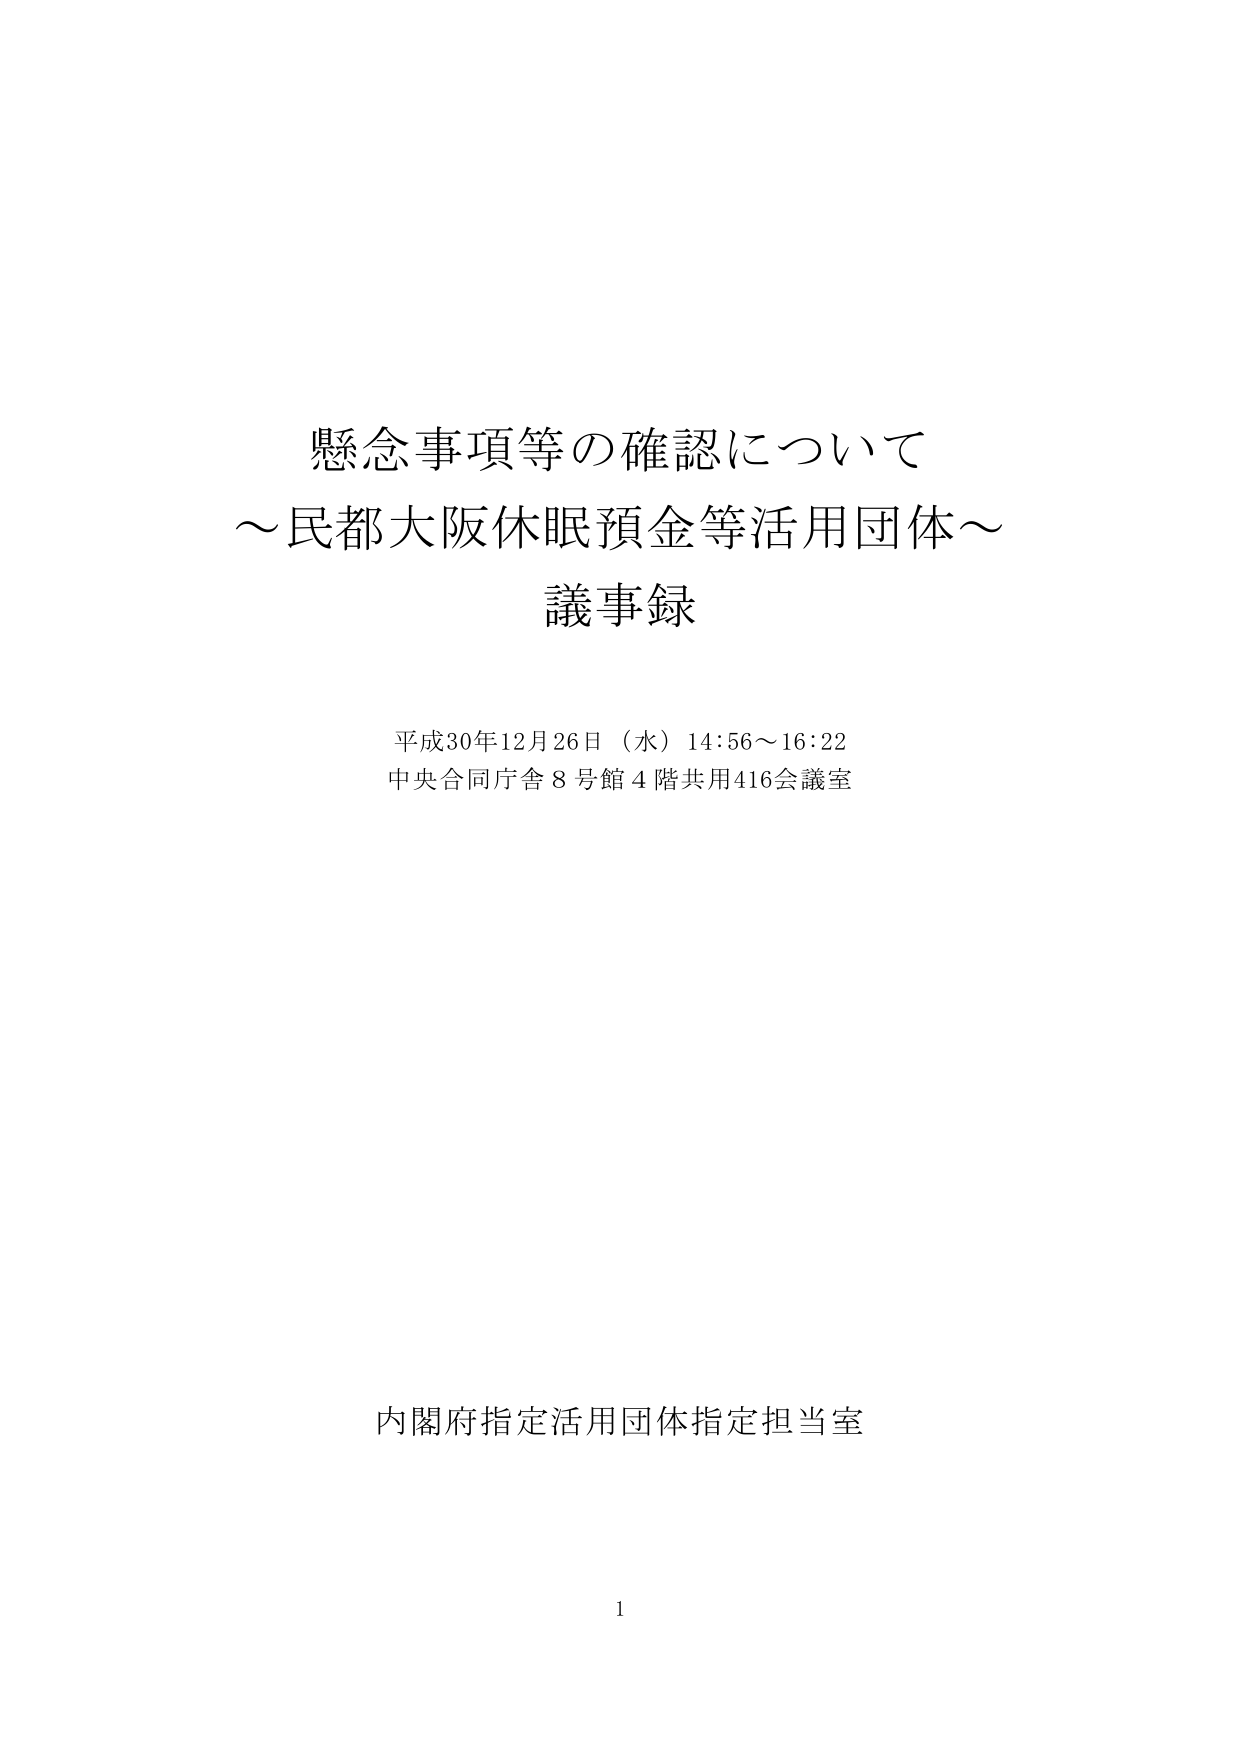
懸念事項等の確認について
～民都大阪休眠預金等活用団体～
議事録

平成30年12月26日（水）14:56～16:22
中央合同庁舎8号館4階共用416会議室

内閣府指定活用団体指定担当室

1